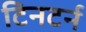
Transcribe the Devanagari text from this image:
टिनटर्न